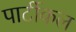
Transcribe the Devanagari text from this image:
पार्टीकल